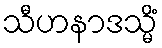
သီဟနာဒသ္မိံ